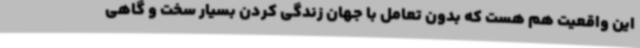
این واقعیت هم هست که بدون تعامل با جهان زندگی کردن بسیار سخت و گاهی